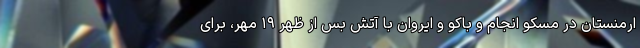
ارمنستان در مسکو انجام و باکو و ایروان با آتش بس از ظهر ۱۹ مهر، برای